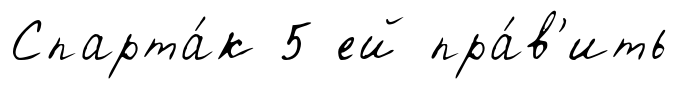
Спарта́к 5 ей пра́в'ить